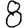
Digit: 8